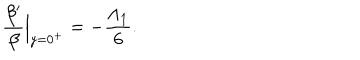
\frac { \beta ^ { \prime } } { \beta } \Big | _ { y = 0 ^ { + } } = - \frac { \Lambda _ { 1 } } { 6 } .